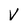
Character: V